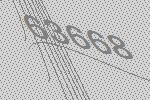
63668